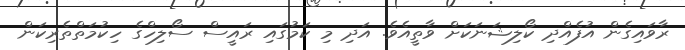
ރާވައިގެން އުފެއްދި ކޯލިޝަނަކަށް ވާތީއެވެ. އަދި މި ކަމުގައި ރައީސް ސޯލިހްގެ ހިކުމަތްތެރިކަން